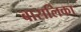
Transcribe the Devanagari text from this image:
बासलिका